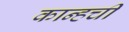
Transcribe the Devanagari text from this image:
कान्हची